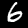
Digit: 6